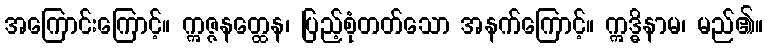
အကြောင်းကြောင့်။ ဣဇ္ဇနတ္ထေန၊ ပြည့်စုံတတ်သော အနက်ကြောင့်။ ဣဒ္ဓိနာမ၊ မည်၏။